Vaccine operations Central Provinces 1868-1885 - 1868-1885
Year: 1868
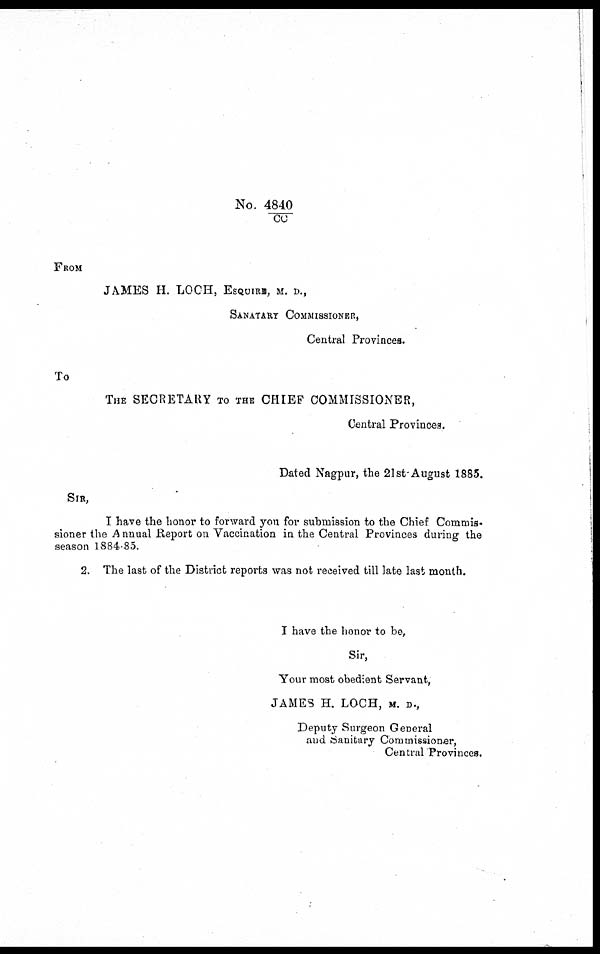
No. 4840/CC
FROM
JAMES H. LOCH, ESQUIRE, M. D.,
SANATARY COMMISSIONER,
Central Provinces.
To
THE SECRETARY TO THE CHIEF COMMISSIONER,
Central Provinces.
Dated Nagpur, the 21st-August 1885.
SIR,
I have the honor to forward you for submission to the Chief Commis-
sioner the Annual Report on Vaccination in the Central Provinces during the
season 1884-85.
2. The last of the District reports was not received till late last month.
I have the honor to be,
Sir,
Your most obedient Servant,
JAMES H. LOCH, M. D.,
Deputy Surgeon General
and Sanitary Commissioner,
Central Provinces.